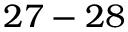
2 7 - 2 8